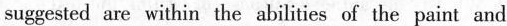
suggested are within the abilities of the paint and